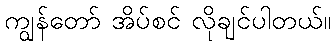
ကျွန်တော် အိပ်စင် လိုချင်ပါတယ်။